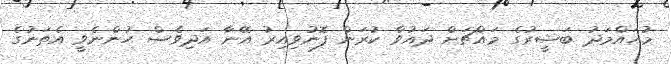
މުހައްމަދު ބަޝީރުގެ މައްޗަށް ދައުވާ ކުރަން ފޮނުވިއިރު އޭނާ އަދިވެސް ހުންނެވީ އެތަނުގެ